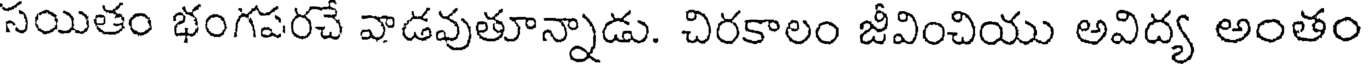
సయితం భంగపరచే వాడవుతూన్నాడు. చిరకాలం జీవించియు అవిద్య అంతం